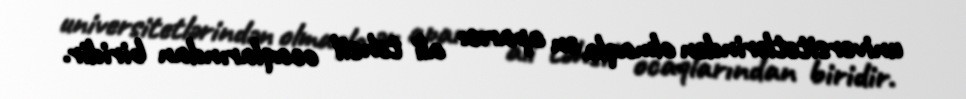
universitetlərindən olmaqla ən aparıcı ali təhsil ocaqlarından biridir.